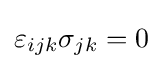
\varepsilon _{ijk}\sigma _{jk}=0